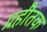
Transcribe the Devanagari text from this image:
ग्रहौतक